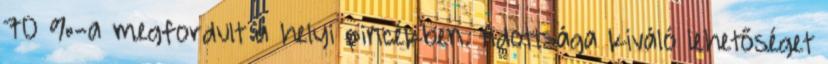
70 %-a megfordult a helyi pincékben. Adottsága kiváló lehetőséget